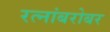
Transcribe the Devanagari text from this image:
रत्नांबरोबर